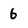
Character: 6